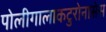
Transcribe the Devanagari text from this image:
पोलीगालाकटुरोनासेस